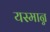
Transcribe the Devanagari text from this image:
यस्मान्न